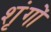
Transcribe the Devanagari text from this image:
शृंगों